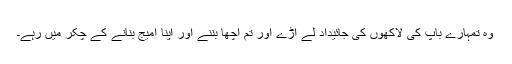
وہ تمہارے باپ کی لاکھوں کی جائیداد لے اڑے اور تم اچھا بننے اور اپنا امیج بنانے کے چکر میں رہے۔